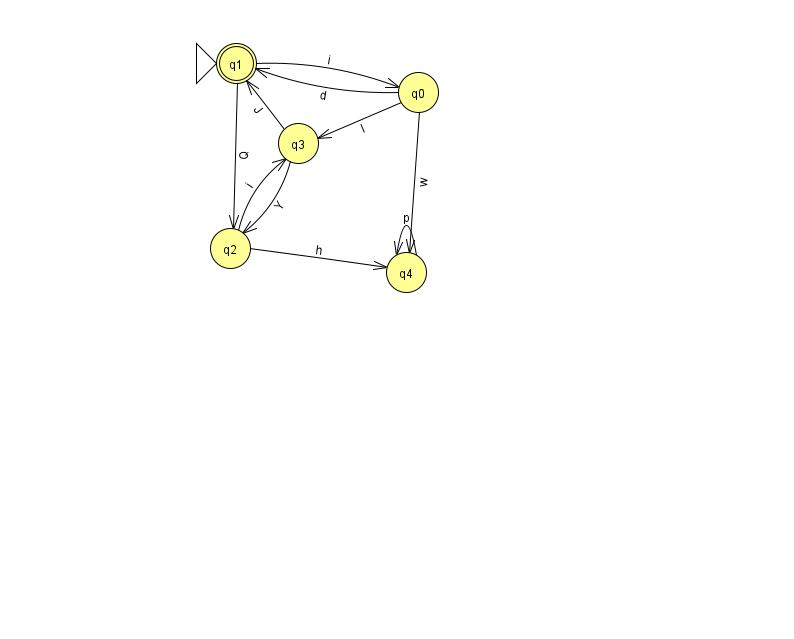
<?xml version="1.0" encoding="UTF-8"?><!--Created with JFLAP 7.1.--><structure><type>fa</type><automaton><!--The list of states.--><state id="0" name="q0"><x>418.0</x><y>79.0</y></state><state id="1" name="q1"><x>236.0</x><y>50.0</y><initial/><final/></state><state id="2" name="q2"><x>230.0</x><y>235.0</y></state><state id="3" name="q3"><x>298.0</x><y>130.0</y></state><state id="4" name="q4"><x>406.0</x><y>259.0</y></state><!--The list of transitions.--><transition><from>0</from><to>3</to><read>I</read></transition><transition><from>4</from><to>4</to><read>p</read></transition><transition><from>0</from><to>1</to><read>d</read></transition><transition><from>1</from><to>2</to><read>Q</read></transition><transition><from>0</from><to>4</to><read>w</read></transition><transition><from>2</from><to>3</to><read>i</read></transition><transition><from>3</from><to>2</to><read>Y</read></transition><transition><from>3</from><to>1</to><read>J</read></transition><transition><from>1</from><to>0</to><read>i</read></transition><transition><from>2</from><to>4</to><read>h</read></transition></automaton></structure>